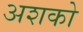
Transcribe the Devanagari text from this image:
अशको